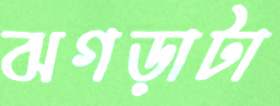
ঝগড়াটা